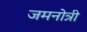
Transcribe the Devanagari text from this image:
जमनोत्री